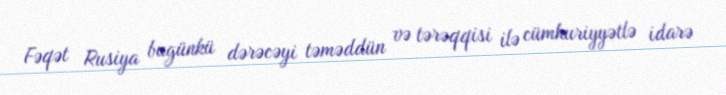
Fəqət Rusiya bugünkü dərəcəyi təməddün və tərəqqisi ilə cümhuriyyətlə idarə